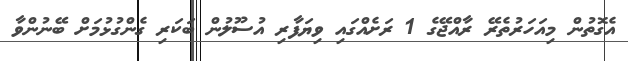
އެގޮތުން މިއަހަރުތެރޭ ރާއްޖޭގެ 1 ރަށެއްގައި ވިޔަފާރި އުސޫލުން ބަކަރި ގެންގުޅުމަށް ބޭނުންވާ